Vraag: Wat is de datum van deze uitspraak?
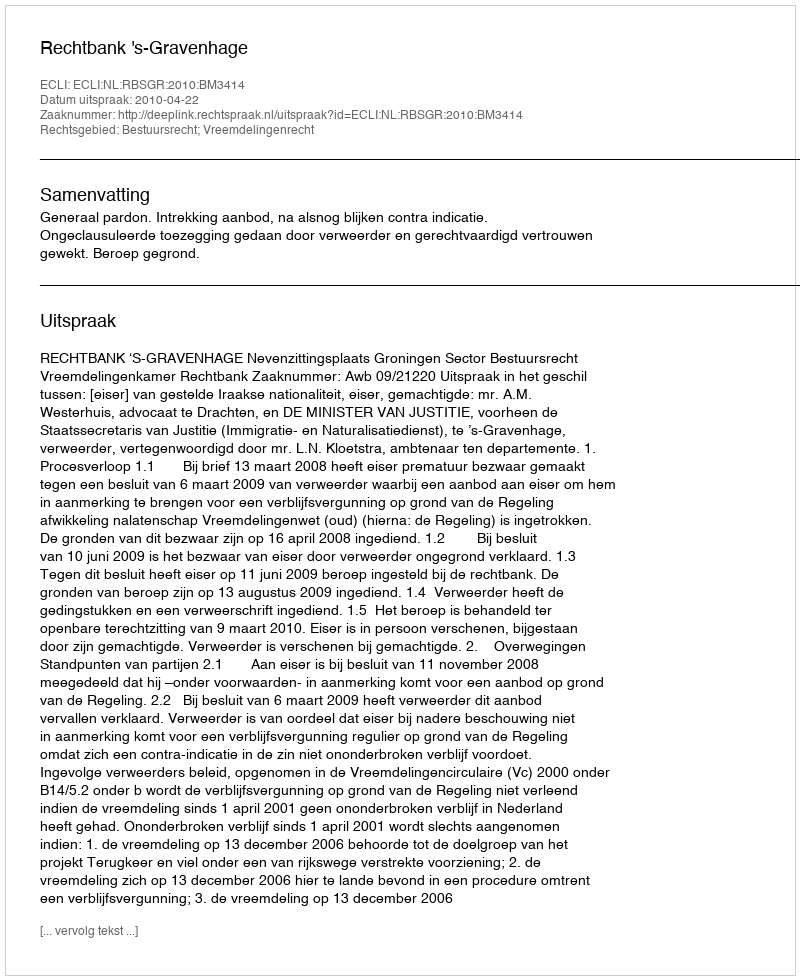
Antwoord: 2010-04-22